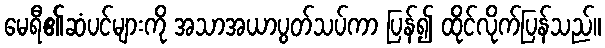
မေရီ၏ဆံပင်များကို အသာအယာပွတ်သပ်ကာ ပြန်၍ ထိုင်လိုက်ပြန်သည်။